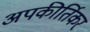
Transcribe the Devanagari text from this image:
अपकीर्तिकर